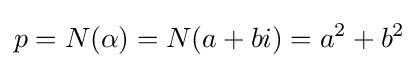
p=N(\alpha )=N(a+bi)=a^{2}+b^{2}